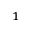
^ 1